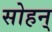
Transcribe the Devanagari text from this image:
सोहन्